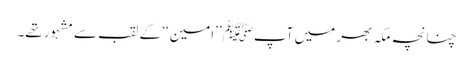
چنانچہ مکہ بھر میں آپﷺ ’’امین‘‘ کے لقب سے مشہور تھے۔